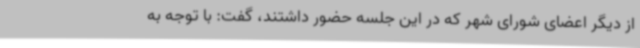
از دیگر اعضای شورای شهر که در این جلسه حضور داشتند، گفت: با توجه به